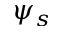
\psi _ { s }